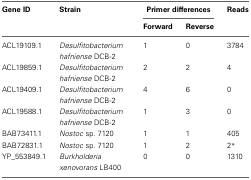
| Gene ID | Strain | <COLSPAN=2> Primer differences | Reads |
 |  |  | Forward | Reverse |  |
 | --- | --- | --- | --- | --- |
 | ACL19109.1 | Desulfitobacterium hafniense DCB-2 | 1 | 0 | 3784 |
 | ACL19859.1 | Desulfitobacterium hafniense DCB-2 | 2 | 2 | 4 |
 | ACL19409.1 | Desulfitobacterium hafniense DCB-2 | 4 | 6 | 0 |
 | ACL19588.1 | Desulfitobacterium hafniense DCB-2 | 1 | 3 | 0 |
 | BAB73411.1 | Nostoc sp. 7120 | 1 | 1 | 405 |
 | BAB72831.1 | Nostoc sp. 7120 | 1 | 2 | 2* |
 | YP_553849.1 | Burkholderia xenovorans LB400 | 0 | 0 | 1310 |